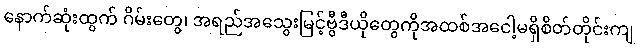
နောက်ဆုံးထွက် ဂိမ်းတွေ၊ အရည်အသွေးမြင့်ဗွီဒီယိုတွေကိုအထစ်အငေါ့မရှိစိတ်တိုင်းကျ